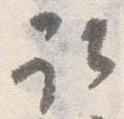
取